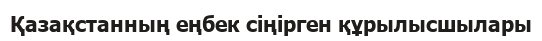
Қазақстанның еңбек сіңірген құрылысшылары